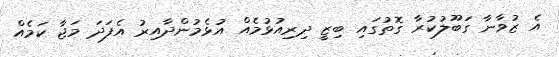
އެ ޒުވާނާ ގަބޫލުކުރާ ގޮތުގައި ބިޒީ ދިރިއުޅުމެއް އުޅެމުންދާއިރު އެފަދަ މަޖާ ކަމެއް